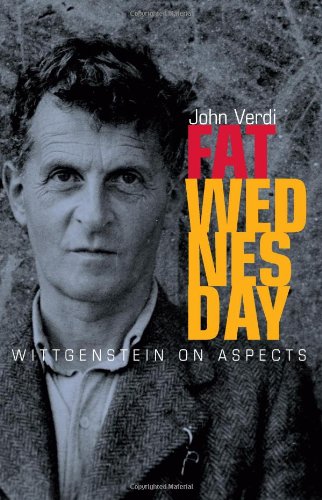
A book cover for Fat Wednesday: Wittgenstein on Aspects; John Verdi; Politics & Social Sciences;